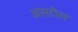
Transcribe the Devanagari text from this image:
असटील